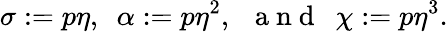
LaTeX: \sigma:=p\eta,\enspace\alpha:=p\eta^{2},\enspace\mathrm{~a~n~d~}\enspace\chi:=p\eta^{3}.